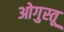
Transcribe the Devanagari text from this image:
ओगुस्तू